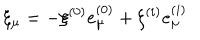
LaTeX: \xi _ { \mu } = - \xi ^ { ( 0 ) } e _ { \mu } ^ { ( 0 ) } + \xi ^ { ( i ) } e _ { \mu } ^ { ( i ) }